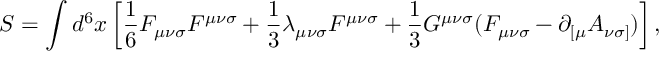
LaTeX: S = \int d ^ { 6 } x \left[ { \frac 1 6 } F _ { { \mu } { \nu } { \sigma } } F ^ { { \mu } { \nu } { \sigma } } + { \frac 1 3 } { \lambda } _ { { \mu } { \nu } { \sigma } } { \cal F } ^ { { \mu } { \nu } { \sigma } } + { \frac 1 3 } G ^ { { \mu } { \nu } { \sigma } } ( F _ { { \mu } { \nu } { \sigma } } - { \partial } _ { [ { \mu } } A _ { { \nu } { \sigma } ] } ) \right] ,